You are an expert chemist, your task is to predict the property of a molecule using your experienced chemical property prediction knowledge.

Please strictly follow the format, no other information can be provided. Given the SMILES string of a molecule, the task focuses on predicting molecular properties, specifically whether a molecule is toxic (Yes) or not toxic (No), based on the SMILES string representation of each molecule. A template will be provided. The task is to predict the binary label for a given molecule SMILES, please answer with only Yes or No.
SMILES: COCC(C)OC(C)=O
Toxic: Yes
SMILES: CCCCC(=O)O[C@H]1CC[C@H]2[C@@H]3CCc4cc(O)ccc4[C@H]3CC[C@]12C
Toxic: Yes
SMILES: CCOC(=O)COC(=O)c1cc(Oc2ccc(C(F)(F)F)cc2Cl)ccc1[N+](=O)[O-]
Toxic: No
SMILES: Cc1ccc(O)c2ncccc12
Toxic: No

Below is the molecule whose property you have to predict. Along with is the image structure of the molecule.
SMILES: O=C(OCc1ccccc1)c1ccccc1O
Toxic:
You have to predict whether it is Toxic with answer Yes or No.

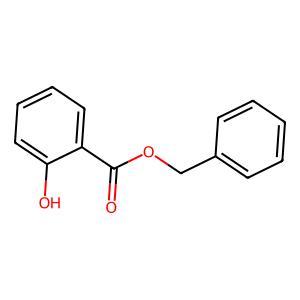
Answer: No